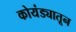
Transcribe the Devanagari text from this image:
कोयंड्यातून